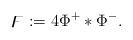
LaTeX: \begin{align*}\digamma := 4\Phi^+\ast\Phi^-.\end{align*}